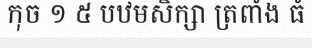
កុច ១ ៥ បឋមសិក្សា ត្រពាំង ធំ